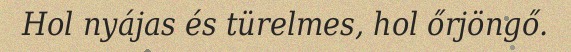
Hol nyájas és türelmes, hol őrjöngő.